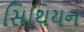
સિથિયન